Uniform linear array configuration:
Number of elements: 8
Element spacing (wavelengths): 0.5
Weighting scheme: exponential
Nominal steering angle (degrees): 45
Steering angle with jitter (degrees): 43.614
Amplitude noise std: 0.05
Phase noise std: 0.05

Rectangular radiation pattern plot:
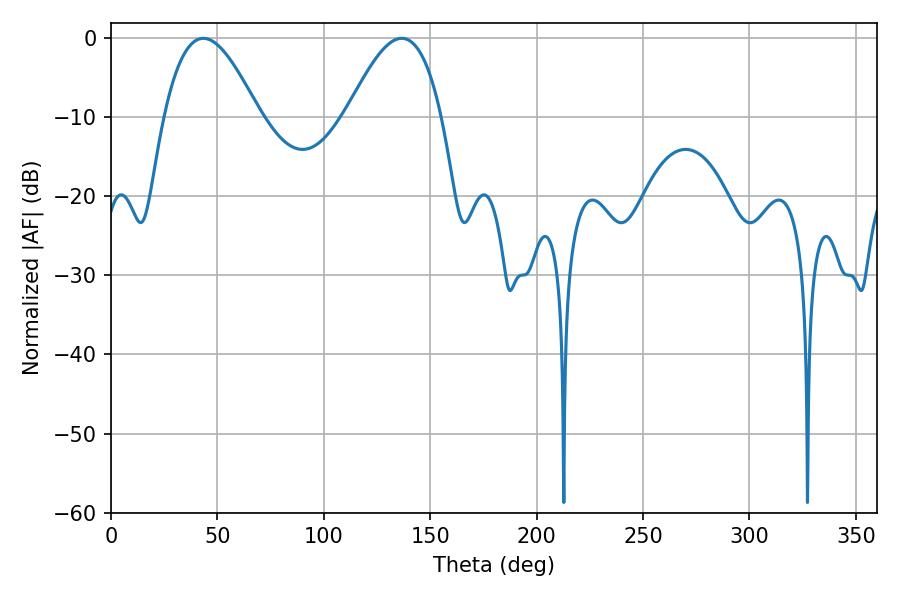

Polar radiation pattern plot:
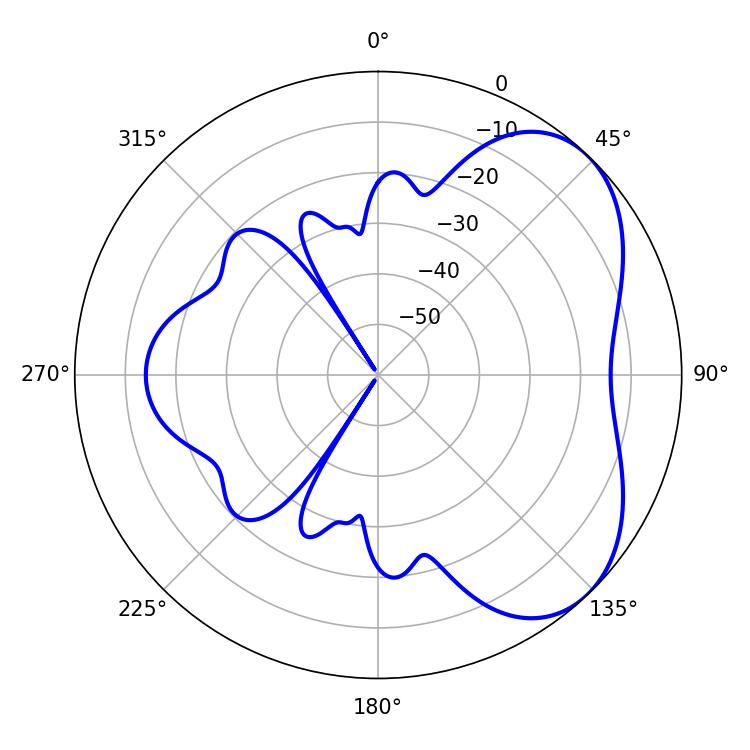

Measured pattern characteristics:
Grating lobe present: FALSE
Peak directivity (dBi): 4.895
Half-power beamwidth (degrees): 24.12
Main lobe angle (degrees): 43.38